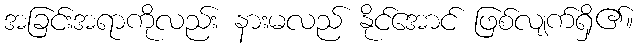
အခြင်းအရာကိုလည်း နားမလည် နိုင်အောင် ဖြစ်လျက်ရှိ၏။